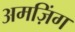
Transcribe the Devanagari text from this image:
अमज़िंग